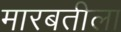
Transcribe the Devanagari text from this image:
मारबतीला